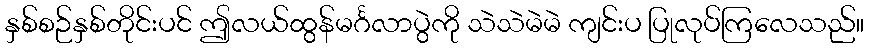
နှစ်စဉ်နှစ်တိုင်းပင် ဤလယ်ထွန်မင်္ဂလာပွဲကို သဲသဲမဲမဲ ကျင်းပ ပြုလုပ်ကြလေသည်။